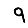
Digit: 9